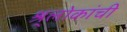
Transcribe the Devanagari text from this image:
श्र्लोकांची